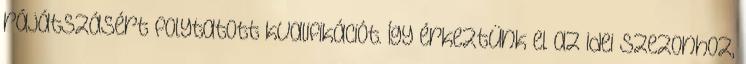
rájátszásért folytatott kvalifikációt. Így érkeztünk el az idei szezonhoz,